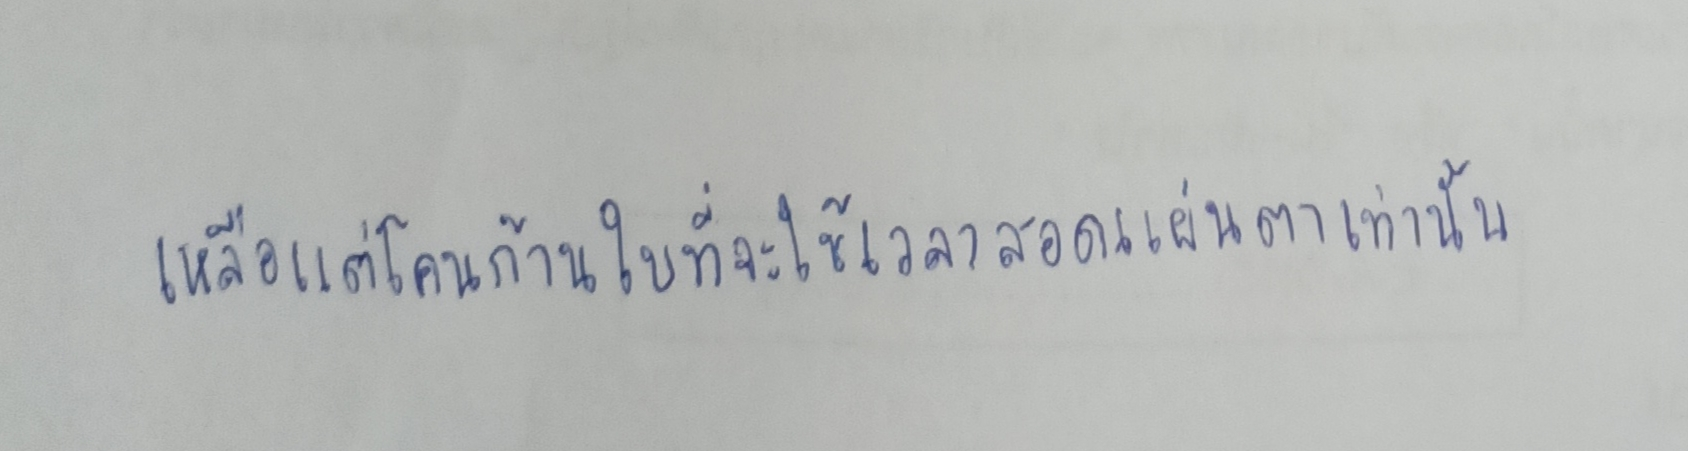
เหลือแต่โคนก้านใบที่จะใช้จับเวลาสอดแผ่นตาเท่านั้น